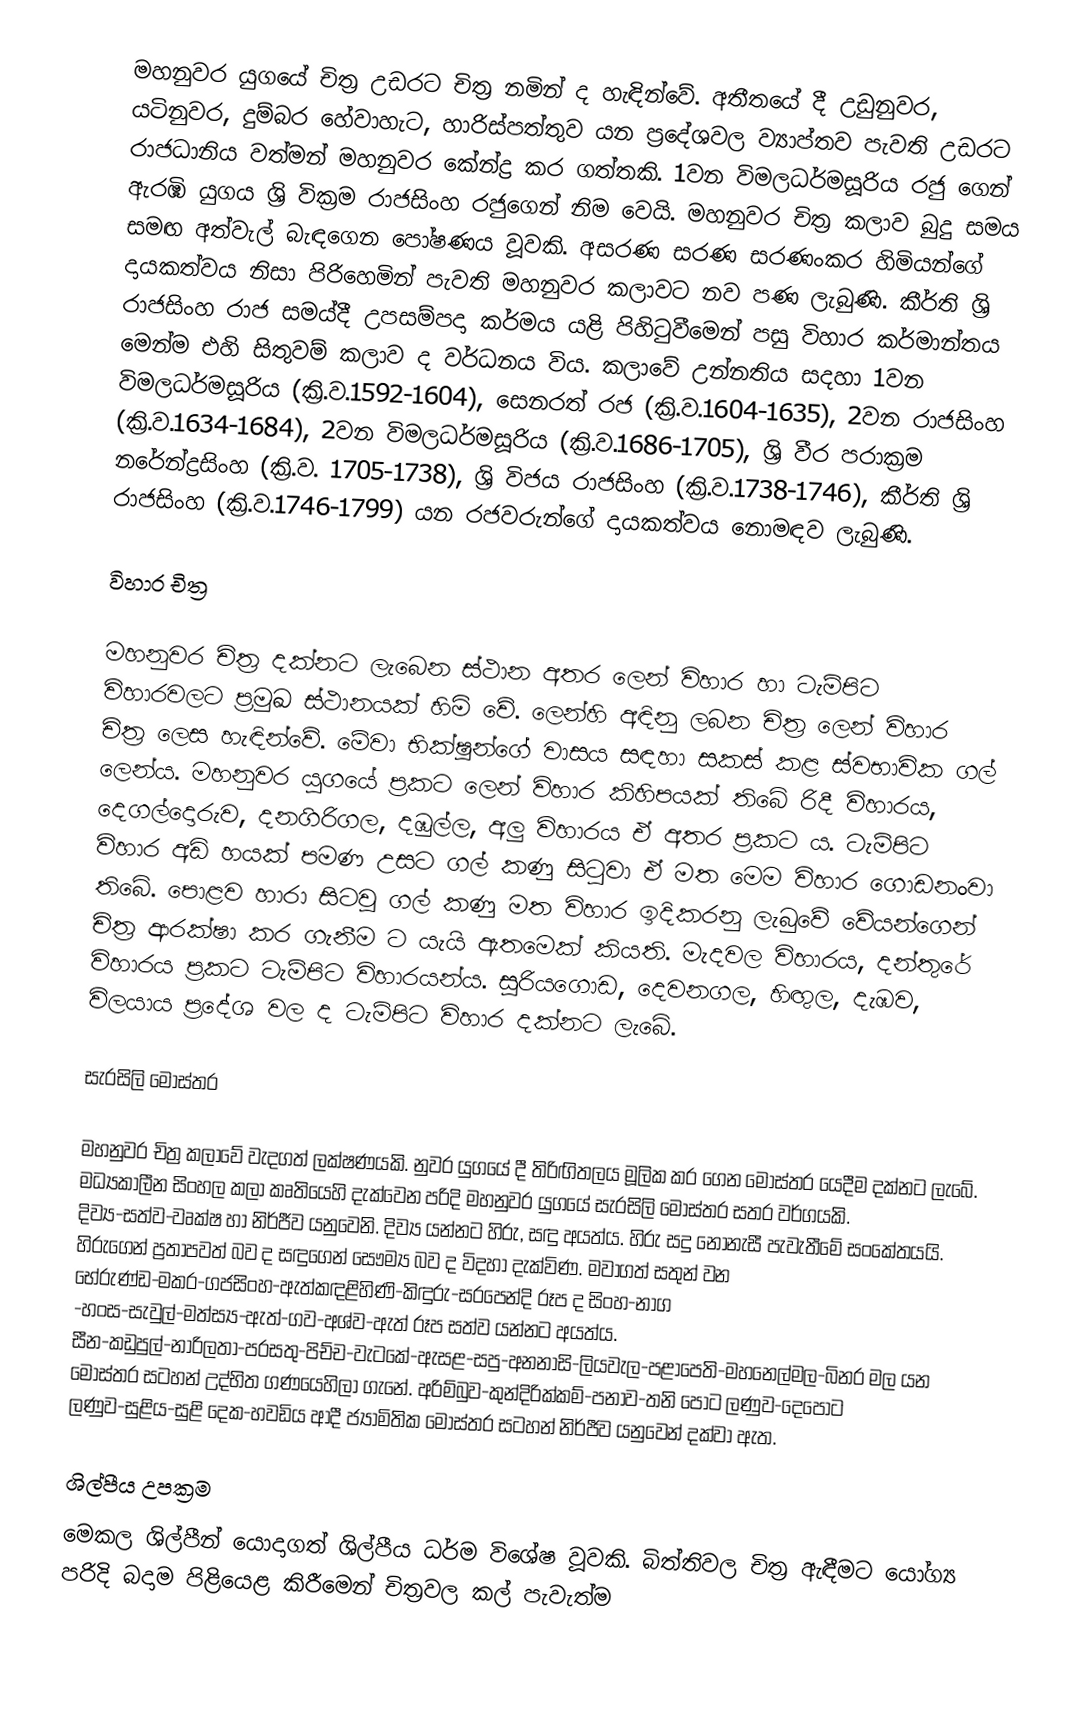
මහනුවර යුගයේ චිත්‍ර උඩරට චිත්‍ර නමින් ද හැඳින්වේ. අතීතයේ දී උඩුනුවර, යටිනුවර, දුම්බර හේවාහැට, හාරිස්පත්තුව යන ප්‍රදේශවල ව්‍යාප්තව පැවති උඩරට රාජධානිය වත්මන් මහනුවර කේන්ද්‍ර කර ගත්තකි. 1වන විමලධර්මසූරිය රජු ගෙන් ඇරඹි යුගය ශ්‍රි වික්‍රම රාජසිංහ රජුගෙන් නිම වෙයි. මහනුවර චිත්‍ර කලාව බුදු සමය සමඟ අත්වැල් බැඳගෙන පෝෂණය වූවකි. අසරණ සරණ සරණංකර හිමියන්ගේ දායකත්වය නිසා පිරිහෙමින් පැවති මහනුවර කලාවට නව පණ ලැබුණි. කීර්ති ශ්‍රි රාජසිංහ රාජ සමය්දී උපසම්පදා කර්මය යළි පිහිටුවීමෙන් පසු විහාර කර්මාන්තය ‍මෙන්ම එහි සිතුවම් කලාව ද වර්ධනය විය. කලාවේ උන්නතිය සදහා 1වන විමලධර්මසූරිය (ක්‍රි.ව.1592-1604), සෙනරත් රජ (ක්‍රි.ව.1604-1635), 2වන රාජසිංහ (ක්‍රි.ව.1634-1684), 2වන විමලධර්මසූරිය (ක්‍රි.ව.1686-1705), ශ්‍රි වීර පරාක්‍රම නරේන්ද්‍රසිංහ (ක්‍රි.ව. 1705-1738), ශ්‍රි විජය රාජසිංහ (ක්‍රි.ව.1738-1746), කීර්ති ශ්‍රි රාජසිංහ (ක්‍රි.ව.1746-1799) යන රජවරුන්ගේ දායකත්වය නොමඳව ලැබුණි.

විහාර චිත්‍ර

මහනුවර චිත්‍ර දක්නට ලැබෙන ස්ථාන අතර ලෙන් විහාර හා ටැම්පිට විහාරවලට  ප්‍රමුඛ ස්ථානයක් හිමි වේ. ලෙන්හි අඳිනු ලබන චිත්‍ර ලෙන් විහාර චිත්‍ර ලෙස හැඳින්වේ. මේවා භික්ෂූන්ගේ වාසය සඳහා සකස් කළ ස්වභාවික ගල් ලෙන්ය. මහනුවර යුගයේ ප්‍රකට ලෙන් විහාර කිහිපයක් තිබේ රිදී විහාරය, දෙගල්දොරුව, දනගිරිගල, දඹුල්ල, අලු විහාරය ඒ අතර ප්‍රකට ය. ටැම්පිට විහාර අඩි හයක් පමණ උසට ගල් කණු සිටුවා ඒ මත මෙ‍ම විහාර ගොඩනංවා තිබේ. පොළව හාරා සිටවූ ගල් කණු මත විහාර ඉදිකරනු ලැබුවේ වේයන්ගෙන් චිත්‍ර ආරක්ෂා කර ගැනීම ට යැයි ඇතමෙක් කියති. මැදවල විහාරය, දන්තුරේ විහාරය ප්‍රකට ටැම්පිට විහාරයන්ය. සූරියගොඩ, දෙවනගල, හිඟුල, දැඹව, විලයාය ප්‍රදේශ වල ද ටැම්පිට විහාර දක්නට ලැබේ.

සැරසිලි මෝස්තර

මහනුවර චිත්‍ර කලාවේ  වැදගත් ලක්ෂණයකි. නුවර යුගයේ දී තිරිඟිතලය මූලික කර ගෙන මෝස්තර යෙදීම දක්නට ලැබේ. මධ්‍යකාලීන සිංහල කලා කෘතියෙහි දැක්වෙන පරිදි මහනුවර යුගයේ සැරසිලි මෝස්තර සතර වර්ගයකි. දිව්‍ය-සත්ව-වෘක්ෂ හා නිර්ජීව යනු‍වෙනි. දිව්‍ය යන්නට හිරු, සඳු අයත්ය. හිරු සදු නොනැසී පැවැතීමේ  සංකේතයයි. හිරුගෙන් ප්‍රතාපවත් බව ද සඳුගෙන් සෞම්‍ය බව ද විදහා දැක්විණ. මවාගත් සතුන් වන භේරුණ්ඩ-මකර-ගජසිංහ-ඇත්කඳළිහිණි-කිඳුරු-සරපෙන්දි රූප ද සිංහ-නාග -හංස-සැවුල්-මත්ස්‍ය-ඇත්-ගව-අශ්ව-ඇත් රූප සත්ව යන්නට අයත්ය. සීන-කඩුපුල්-නාරිලතා-පරසතු-පිච්ච-වැටකේ-ඇසළ-සපු-අනනාසි-ලියවැල-පළාපෙති-මහනෙල්මල-බිනර මල යන මෝස්තර සටහන් උද්භිත ගණයෙහිලා ගැනේ. අරිම්බුව-කුන්දිරික්කම්-පනාව-තනි පොට ලණුව-දෙපොට ලණුව-සුළිය-සුළි දෙක-හවඩිය ආදී ජ්‍යාමිතික මෝස්තර සටහන් නිර්ජීව යනුවෙන් දක්වා ඇත.

ශිල්පීය උපක්‍රම
මෙකල ශිල්පීන් යොදාගත් ශිල්පීය ධර්ම විශේෂ වූවකි. බිත්තිවල චිත්‍ර ඇඳීමට යෝග්‍ය පරිදි බදාම පිළියෙළ කිරීමෙන් චිත්‍රවල කල් පැවැත්ම